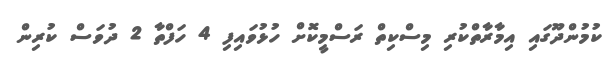
ކުމުންދޫގައި އިމާރާތްކުރި މިސްކިތް ރަސްމީކޮށް ހުޅުވައިފި 4 ހަފްތާ 2 ދުވަސް ކުރިން